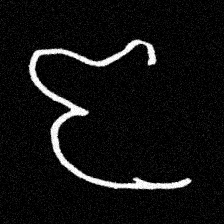
Pyu character \u2014 Myanmar letter: ဇ (romanized: ja)